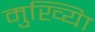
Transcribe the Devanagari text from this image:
मुख्यिा